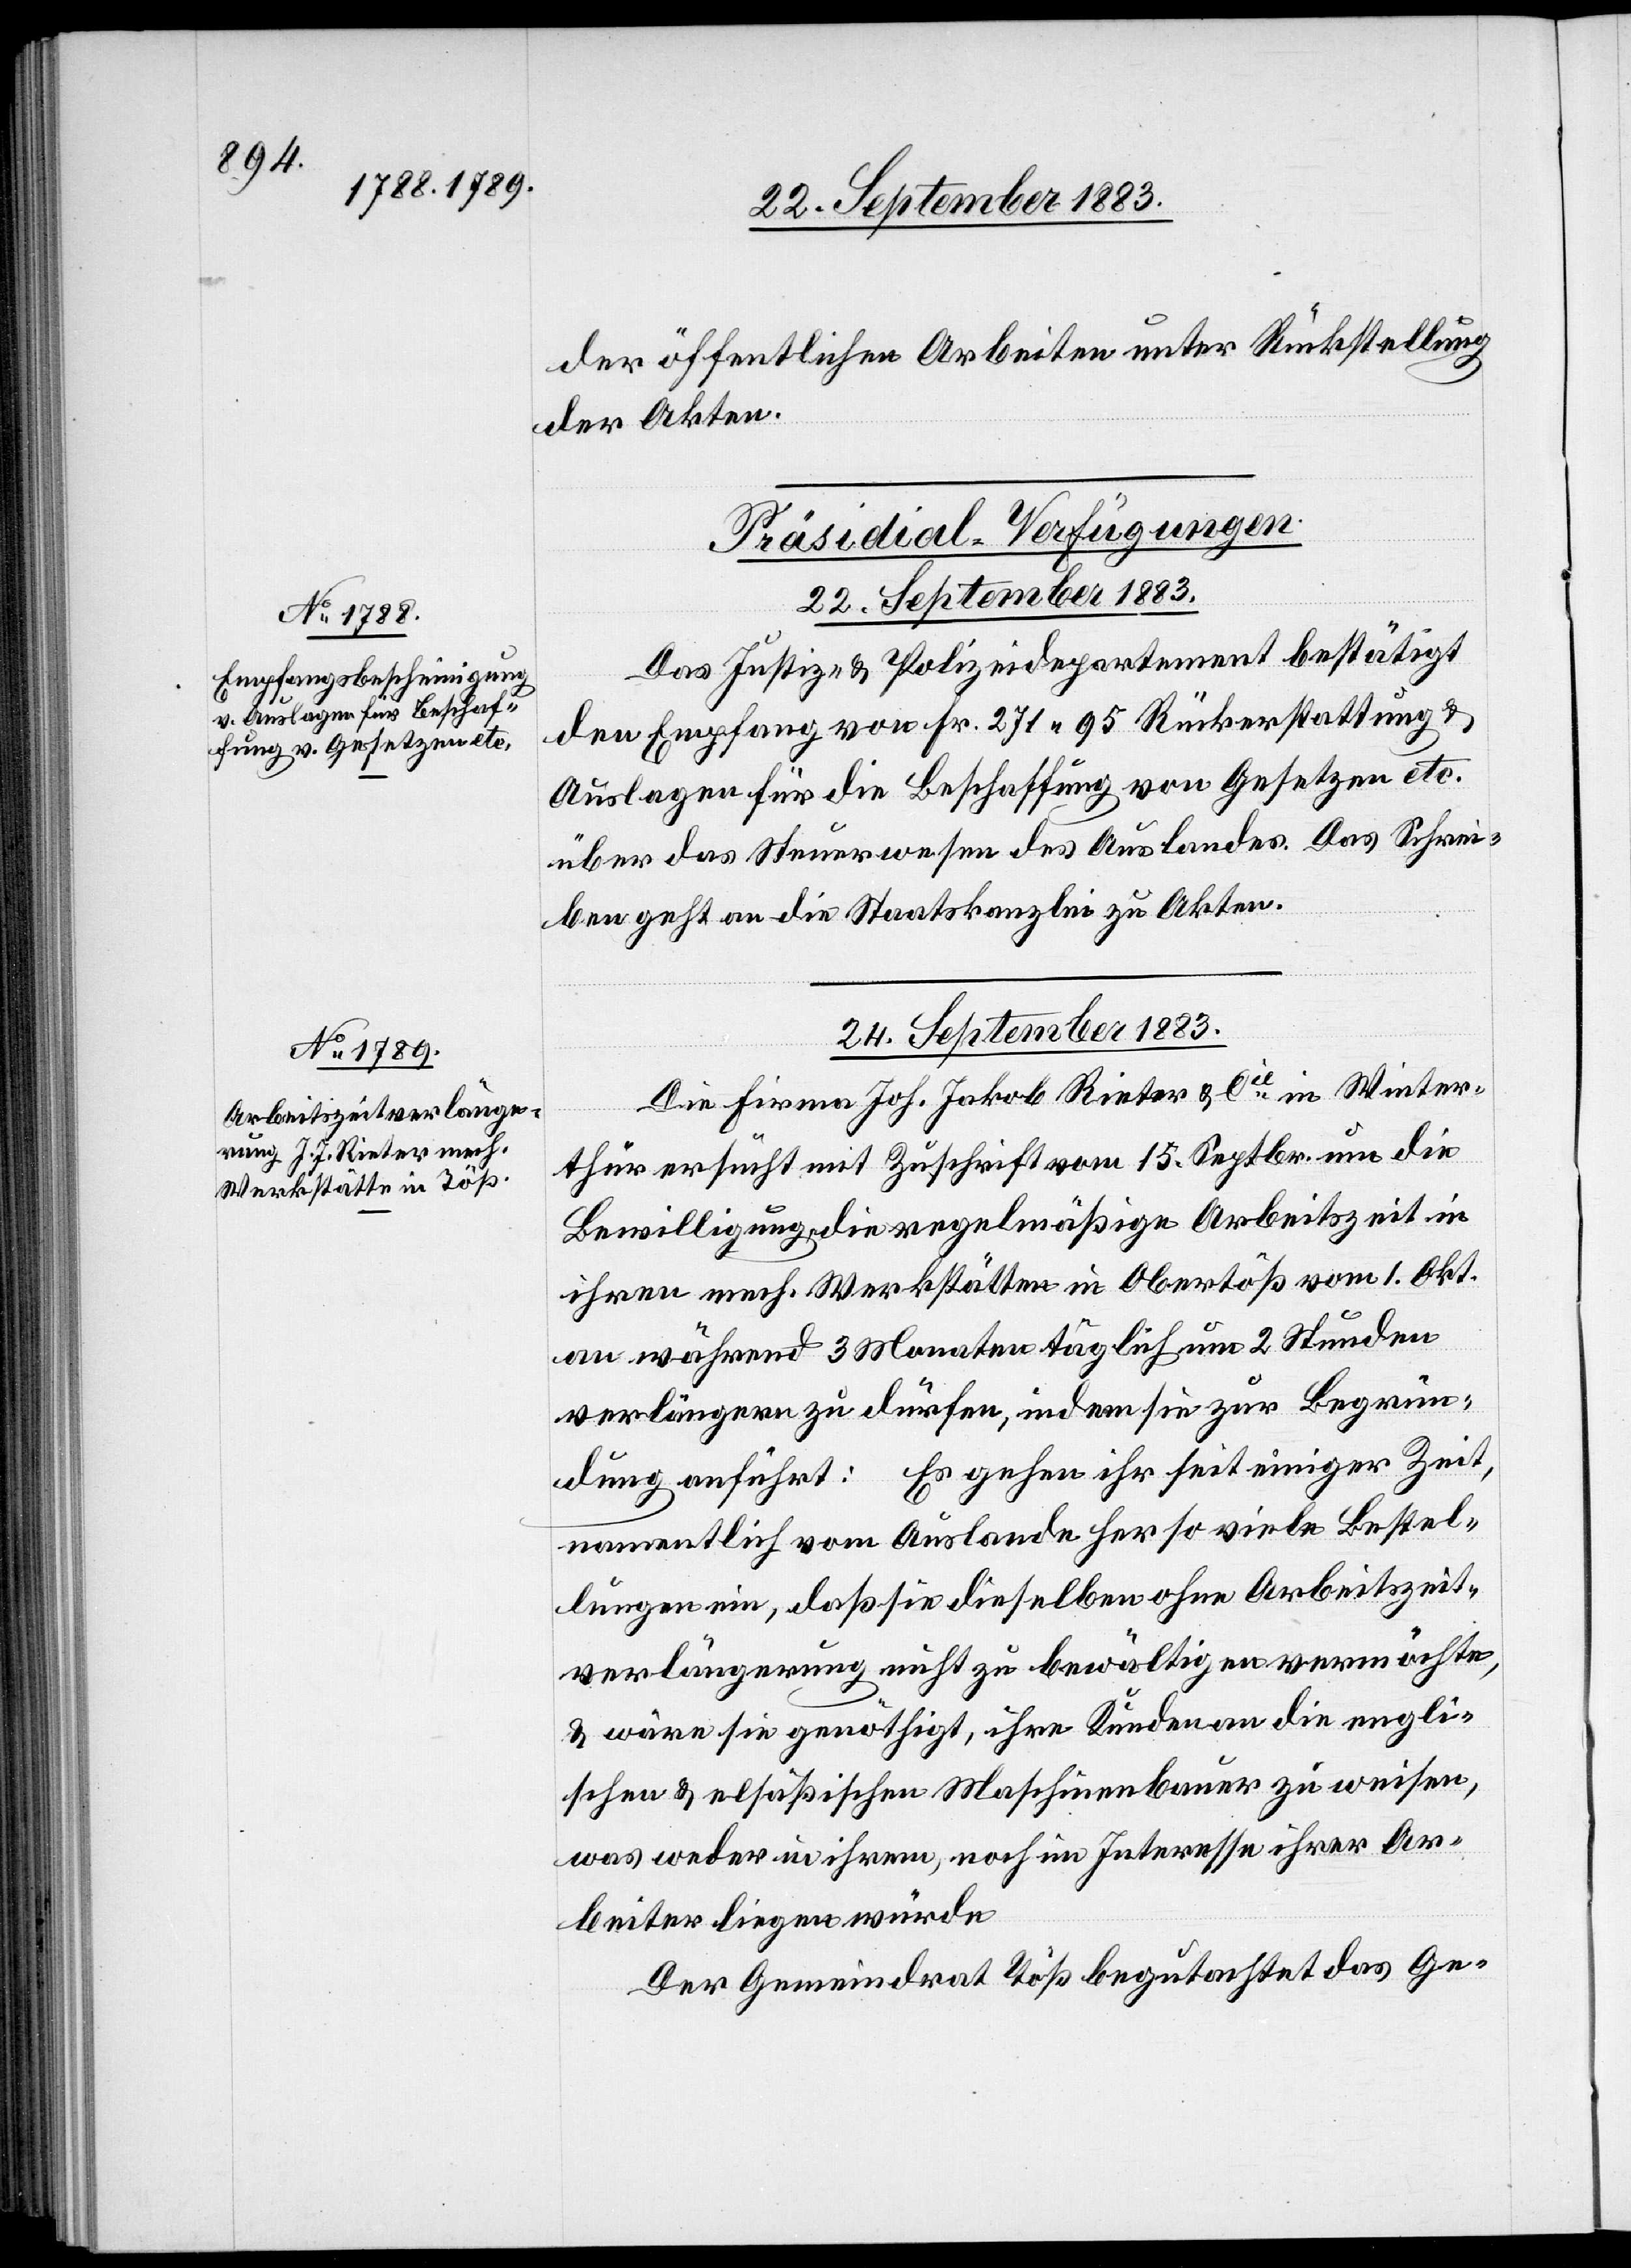
der öffentlichen Arbeiten unter Rückstellung
der Akten.
[Präsidial-Verfügungen.]
22. September 1883.
Das Justiz- & Polizeidepartement bestätigt
den Empfang von Fr. 271 95 Rückerstattung &
Auslagen für die Beschaffung von Gesetzen etc.
über das Steuerwesen des Auslandes. Das Schrei¬
ben geht an die Staatskanzlei zu Akten.
24. September 1883.
Die Firma Joh. Jakob Rieter & Cie in Winter¬
thur ersucht mit Zuschrift vom 15. Septbr. um die
Bewilligung, die regelmäßige Arbeitszeit in
ihren mech. Werkstätten in Obertöß vom 1. Okt.
an während 3 Monaten täglich um 2 Stunden
verlängern zu dürfen, indem sie zur Begrün¬
dung anführt: Es gehen ihr seit einiger Zeit,
namentlich vom Auslande her so viele Bestel¬
lungen ein, daß sie dieselben ohne Arbeitszeit¬
verlängerung nicht zu bewältigen vermöchte,
& wäre sie genöthigt, ihre Kunden an die engli¬
schen & elsäßischen Maschinenbauer zu weisen,
was weder in ihrem, noch im Interesse ihrer Ar¬
beiter liegen würde.
Der Gemeindrath Töß begutachtet das Ge-